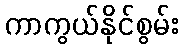
ကာကွယ်နိုင်စွမ်း